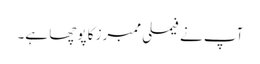
آپ نے فیملی ممبرز کا پوچھا ہے۔